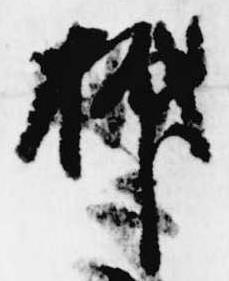
抑